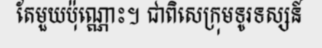
តែមួយប៉ុណ្ណោះ។ ជាពិសេក្រុមទូរទស្សន៍